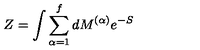
Z = \int \sum _ { \alpha = 1 } ^ { f } d M ^ { ( \alpha ) } e ^ { - S }